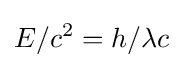
E/c^{2}=h/\lambda c